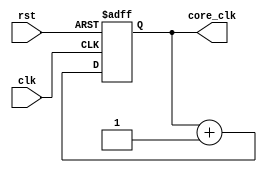
/*
* Copyright 2016-2020 MATRIX Labs
* MATRIX Labs  [http://creator.matrix.one]
*          Kevin Patio    <kevin.patino@admobilize.com>        
*
* This file is part of MATRIX Creator HDL for Spartan 6
*
* MATRIX Creator HDL is like free software: you can redistribute
* it and/or modify it under the terms of the GNU General Public License
* as published by the Free Software Foundation, either version 3 of the
* License, or (at your option) any later version.

* This program is distributed in the hope that it will be useful, but
* WITHOUT ANY WARRANTY; without even the implied warranty of
* MERCHANTABILITY or FITNESS FOR A PARTICULAR PURPOSE.  See the GNU
* General Public License for more details.

* You should have received a copy of the GNU General Public License along
* with this program.  If not, see <http://www.gnu.org/licenses/>.
*/

module core_clk#(
      parameter PRESCALER = 16
)(
      input clk,
      input rst,

      output reg [PRESCALER-1:0] core_clk);

initial begin
core_clk = 0;
end

always @(posedge clk or posedge rst ) begin
  if (rst) 
    core_clk <= 0;
  else 
    core_clk <= core_clk + 1;
end

endmodule